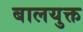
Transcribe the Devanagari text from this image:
बालयुक्त